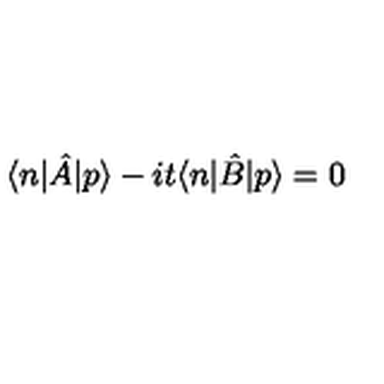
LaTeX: \langle n | \hat { A } | p \rangle - i t \langle n | \hat { B } | p \rangle = 0